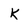
Character: k